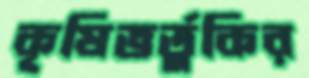
কৃষিভর্তুকির